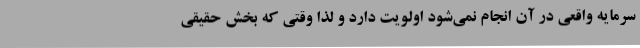
سرمایه واقعی در آن انجام نمی‌شود اولویت دارد و لذا وقتی که بخش حقیقی